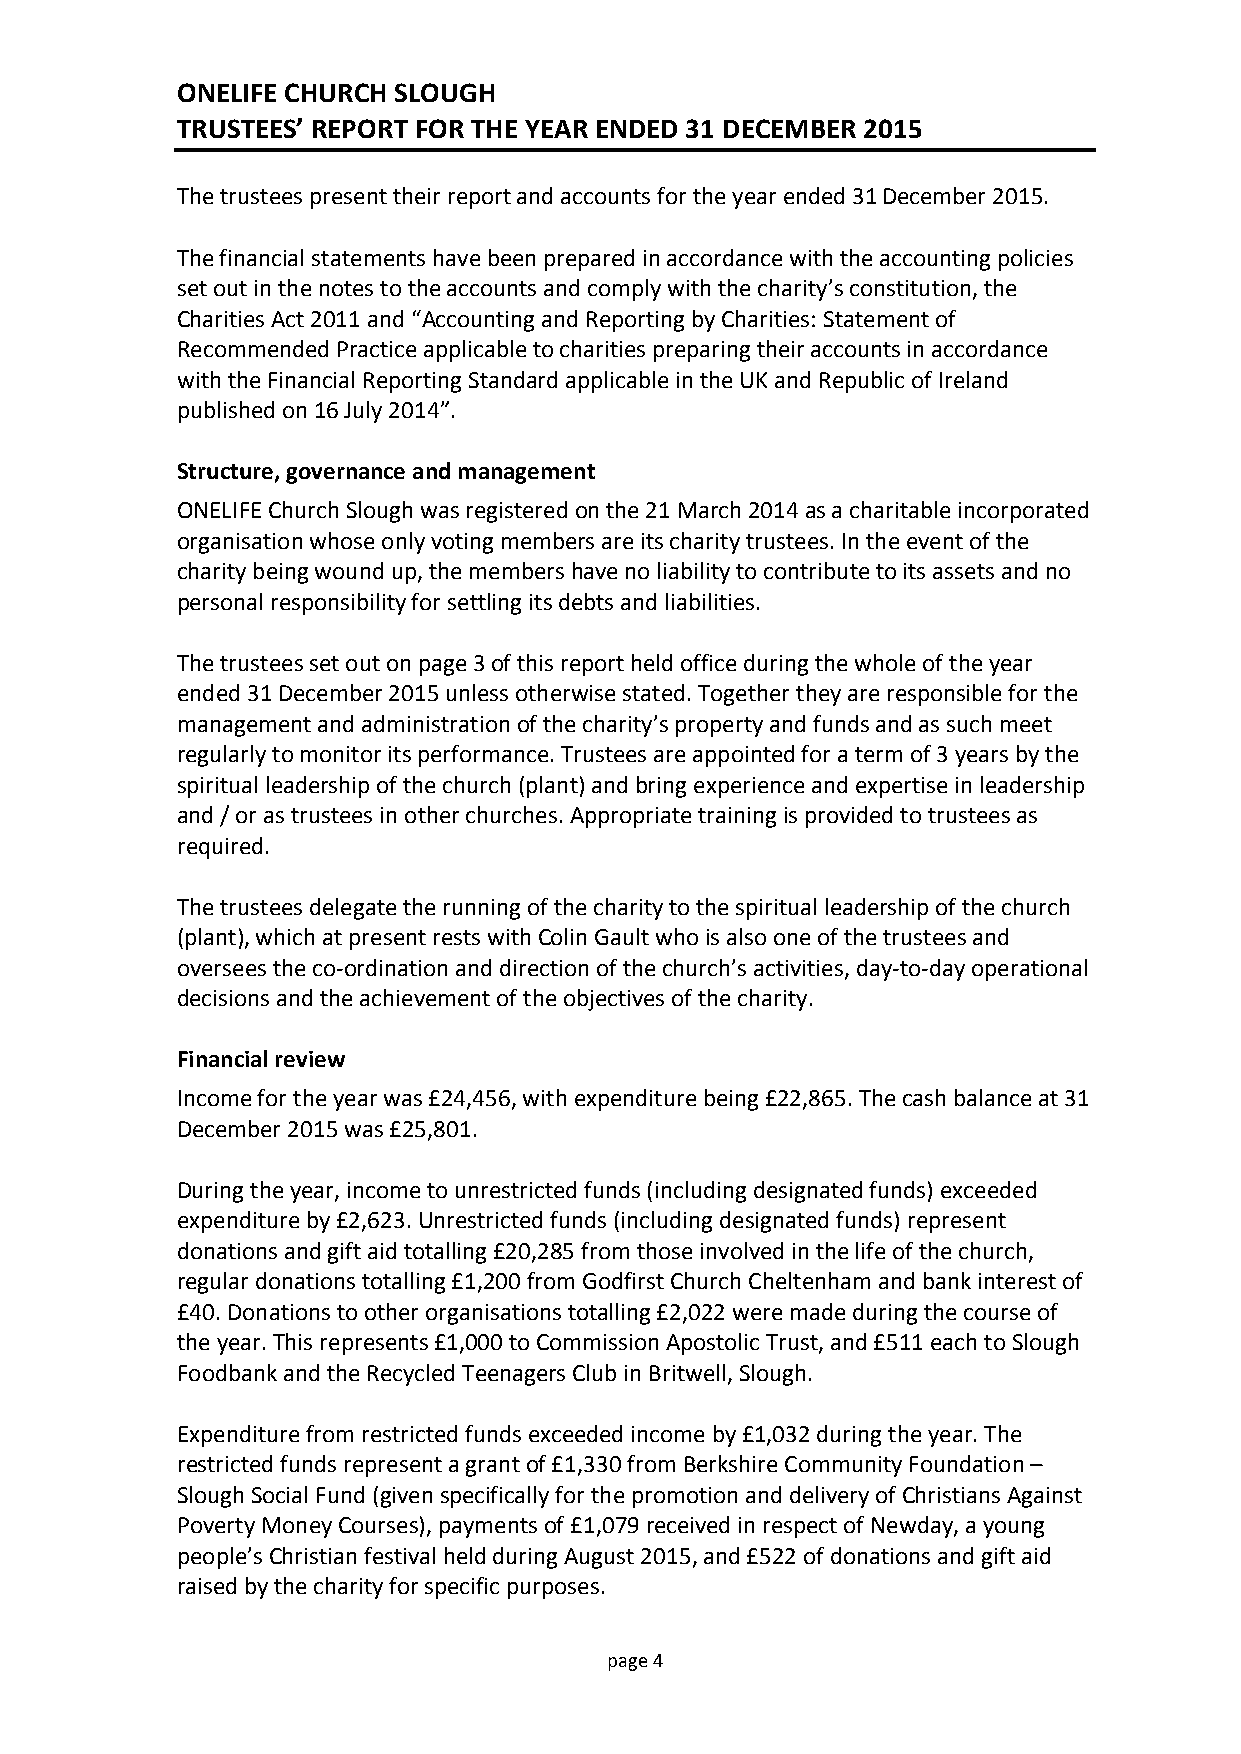
ONELIFE CHURCH SLOUGH
 TRUSTEES’ REPORT FOR THE YEAR ENDED 31 DECEMBER 2015
 The trustees present their report and accounts for the year ended 31 December 2015.
 The financial statements have been prepared in accordance with the accounting policies
 set out in the notes to the accounts and comply with the charity’s constitution, the
 Charities Act 2011 and “Accounting and Reporting by Charities: Statement of
 Recommended Practice applicable to charities preparing their accounts in accordance
 with the Financial Reporting Standard applicable in the UK and Republic of Ireland
 published on 16 July 2014”.
 Structure, governance and management
 ONELIFE Church Slough was registered on the 21 March 2014 as a charitable incorporated
 organisation whose only voting members are its charity trustees. In the event of the
 charity being wound up, the members have no liability to contribute to its assets and no
 personal responsibility for settling its debts and liabilities.
 The trustees set out on page 3 of this report held office during the whole of the year
 ended 31 December 2015 unless otherwise stated. Together they are responsible for the
 management and administration of the charity’s property and funds and as such meet
 regularly to monitor its performance. Trustees are appointed for a term of 3 years by the
 spiritual leadership of the church (plant) and bring experience and expertise in leadership
 and / or as trustees in other churches. Appropriate training is provided to trustees as
 required.
 The trustees delegate the running of the charity to the spiritual leadership of the church
 (plant), which at present rests with Colin Gault who is also one of the trustees and
 oversees the co-ordination and direction of the church’s activities, day-to-day operational
 decisions and the achievement of the objectives of the charity.
 Financial review
 Income for the year was £24,456, with expenditure being £22,865. The cash balance at 31
 December 2015 was £25,801.
 During the year, income to unrestricted funds (including designated funds) exceeded
 expenditure by £2,623. Unrestricted funds (including designated funds) represent
 donations and gift aid totalling £20,285 from those involved in the life of the church,
 regular donations totalling £1,200 from Godfirst Church Cheltenham and bank interest of
 £40. Donations to other organisations totalling £2,022 were made during the course of
 the year. This represents £1,000 to Commission Apostolic Trust, and £511 each to Slough
 Foodbank and the Recycled Teenagers Club in Britwell, Slough.
 Expenditure from restricted funds exceeded income by £1,032 during the year. The
 restricted funds represent a grant of £1,330 from Berkshire Community Foundation –
 Slough Social Fund (given specifically for the promotion and delivery of Christians Against
 Poverty Money Courses), payments of £1,079 received in respect of Newday, a young
 people’s Christian festival held during August 2015, and £522 of donations and gift aid
 raised by the charity for specific purposes.
 p age 4